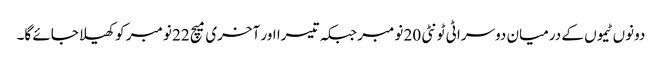
دونوں ٹیموں کے درمیان دوسرا ٹی ٹونٹی 20 نومبر جبکہ تیسرا اور آخری میچ 22 نومبر کو کھیلا جائے گا۔